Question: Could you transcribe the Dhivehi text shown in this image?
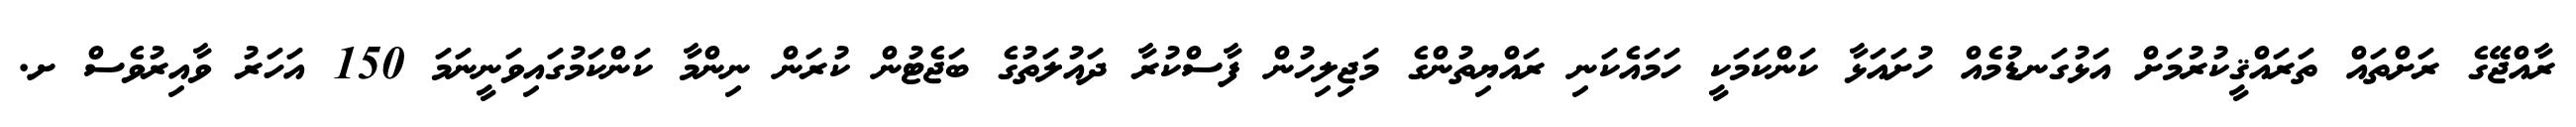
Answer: ރާއްޖޭގެ ރަށްތައް ތަރައްޤީކުރުމަށް އަޅުގަނޑުމެއް ހުށައަޅާ ކަންކަމަކީ ހަމައެކަނި ރައްޔިތުންގެ މަޖިލިހުން ފާސްކުރާ ދައުލަތުގެ ބަޖެޓުން ކުރަން ނިންމާ ކަންކަމުގައިވަނީނަމަ 150 އަހަރު ވާއިރުވެސް ށ.